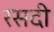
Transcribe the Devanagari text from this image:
रसदी